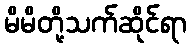
မိမိတို့သက်ဆိုင်ရာ